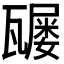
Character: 𤮒